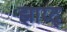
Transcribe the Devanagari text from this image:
झाय्द्